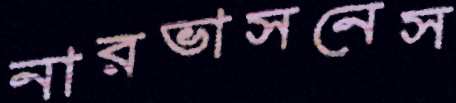
নারভাসনেস